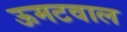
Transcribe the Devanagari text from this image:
ऊमटवाल